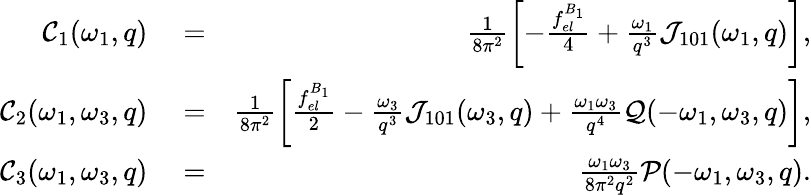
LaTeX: \begin{array}{rlr}{{\cal C}_{1}(\omega_{1},q)}&{{}=}&{\frac{1}{8\pi^{2}}\left[-\frac{f_{el}^{B_{1}}}{4}+\frac{\omega_{1}}{q^{3}}{\cal J}_{101}(\omega_{1},q)\right],}\\ {{\cal C}_{2}(\omega_{1},\omega_{3},{q})}&{{}=}&{\frac{1}{8\pi^{2}}\left[\frac{f_{el}^{B_{1}}}{2}-\frac{\omega_{3}}{q^{3}}{\cal J}_{101}(\omega_{3},q)+\frac{\omega_{1}\omega_{3}}{q^{4}}{\cal Q}(-\omega_{1},\omega_{3},{q})\right],}\\ {{\cal C}_{3}(\omega_{1},\omega_{3},{q})}&{{}=}&{\frac{\omega_{1}\omega_{3}}{8\pi^{2}q^{2}}{\cal P}(-\omega_{1},\omega_{3},{q}).}\end{array}